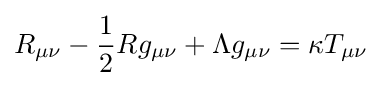
R_{\mu \nu }-{1 \over 2}Rg_{\mu \nu }+\Lambda g_{\mu \nu }=\kappa T_{\mu \nu }